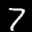
Label: 7